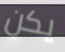
يكن